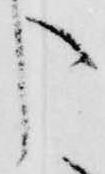
う